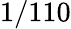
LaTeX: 1/110